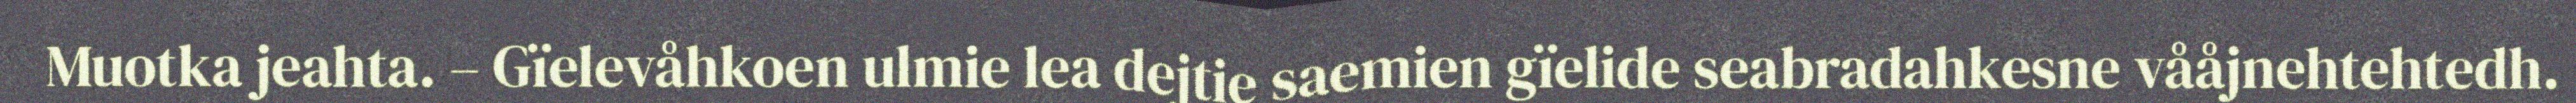
Muotka jeahta. – Gïelevåhkoen ulmie lea dejtie saemien gïelide seabradahkesne vååjnehtehtedh.